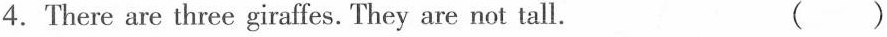
4.There are three giraffes. They are not tall. （）